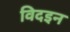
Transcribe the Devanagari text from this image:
विदइन